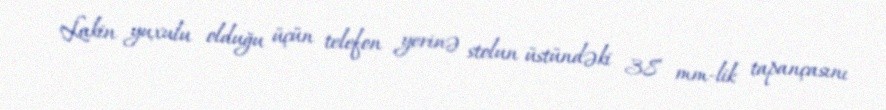
Lakin yuxulu olduğu üçün telefon yerinə stolun üstündəki 38 mm-lik tapançasını